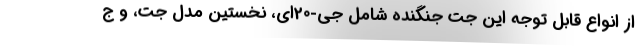
از انواع قابل توجه این جت جنگنده شامل جی-20ای، نخستین مدل جت، و ج